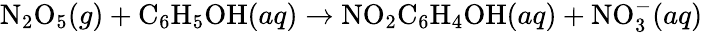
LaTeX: \mathrm{N}_{2}\mathrm{O}_{5}(g)+\mathrm{C}_{6}\mathrm{H}_{5}\mathrm{OH}(aq)\rightarrow\mathrm{NO}_{2}\mathrm{C}_{6}\mathrm{H}_{4}\mathrm{OH}(aq)+\mathrm{NO}_{3}^{-}(aq)